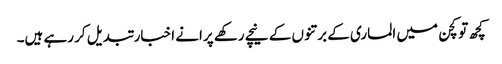
کچھ تو کچن میں الماری کے برتنوں کے نیچے رکھے پرانے اخبار تبدیل کر رہے ہیں۔